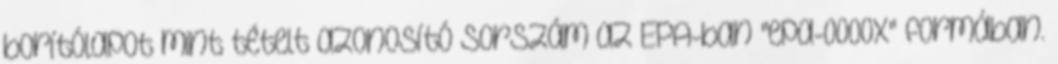
borítólapot mint tételt azonosító sorszám az EPA-ban "epa-0000x" formában.